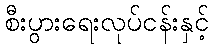
စီးပွားရေးလုပ်ငန်းနှင့်